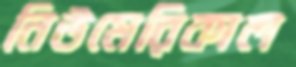
নিউমেরিকাল